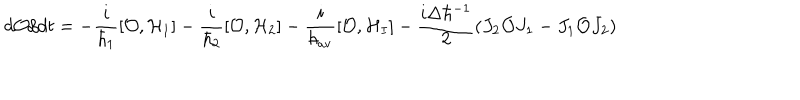
LaTeX: d { \cal O } / d t = - { \frac { i } { \hbar _ { 1 } } } [ { \cal O } , { \cal H } _ { 1 } ] - { \frac { i } { \hbar _ { 2 } } } [ { \cal O } , { \cal H } _ { 2 } ] - { \frac { i } { \hbar _ { \mathrm { a v } } } } [ { \cal O } , { \cal H } _ { I } ] - { \frac { i \Delta \hbar ^ { - 1 } } { 2 } } ( J _ { 2 } { \cal O } J _ { 1 } - J _ { 1 } { \cal O } J _ { 2 } )